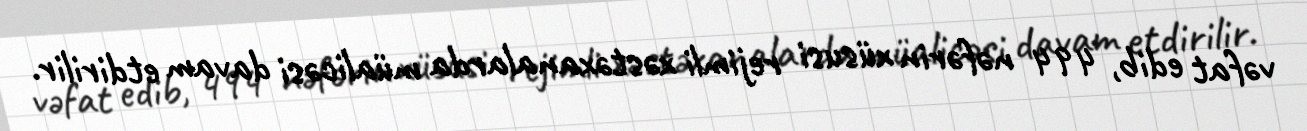
vəfat edib, 494 nəfərin xüsusi rejimli xəstəxanalarda müalicəsi davam etdirilir.